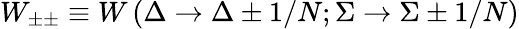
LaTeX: W_{\pm\pm}\equiv W\left(\Delta\to\Delta\pm 1/N;\Sigma\to\Sigma\pm 1/N\right)